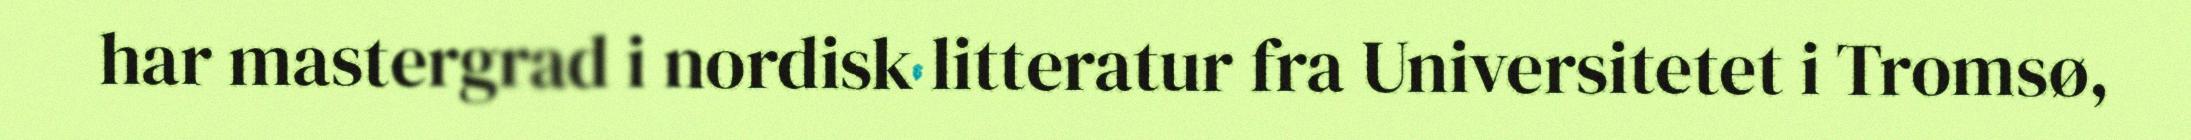
har mastergrad i nordisk litteratur fra Universitetet i Tromsø,